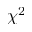
\chi ^ { 2 }